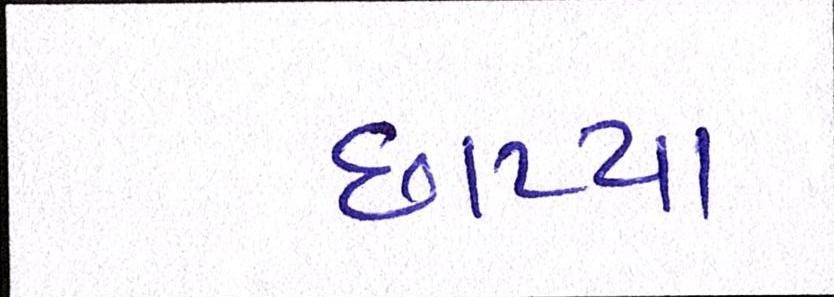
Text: છાપ્યા